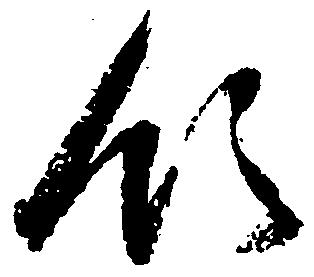
領